Problem: 47 + 27 = ?
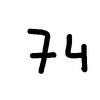
Handwritten answer: 74